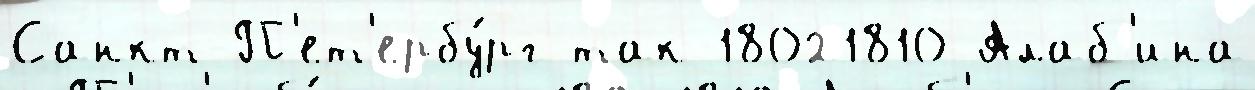
Санкт-П'ет'ербу́рг так 18021810 Алаб'ина